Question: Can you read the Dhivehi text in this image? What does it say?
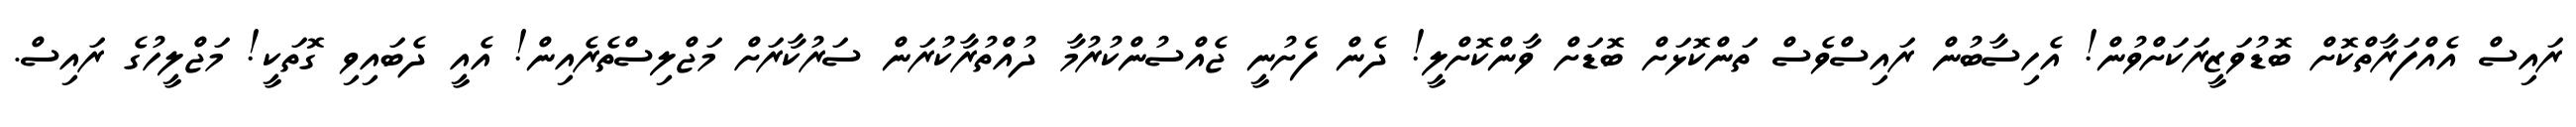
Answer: ރައިސް އެއްފަރާތްކޮށް ބޮޑުވަޒީރަކަށްވުން! އެހިސާބުން ރައިސްވެސް ތަންކޮޅަށް ބޮޑަށް ވާންކޮށްލީ! ދެން ފެށުނީ ޖެއްސުންކުރުމާ ދުއްތުރާކުރަން ސަރުކާރަށް މަޖްލިސްތެރެއިން! އެއީ ދެބައިވި ގޮތަކީ! މަޖްލީހުގެ ރައިސް.